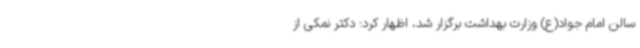
سالن امام جواد(ع) وزارت بهداشت برگزار شد، اظهار کرد: دکتر نمکی از